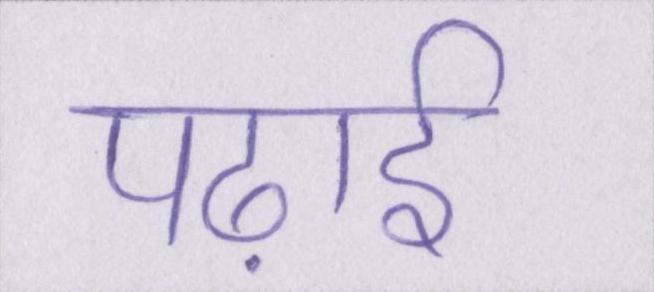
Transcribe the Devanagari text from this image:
पढ़ाई